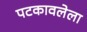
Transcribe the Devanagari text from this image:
पटकावलेला